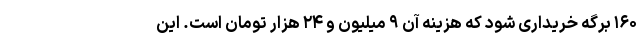
۱۶۰ برگه خریداری شود که هزینه آن ۹ میلیون و ۲۴ هزار تومان است. این